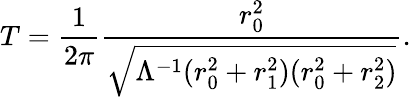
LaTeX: T=\frac{1}{2\pi}\frac{r_{0}^{2}}{\sqrt{\Lambda^{-1}(r_{0}^{2}+r_{1}^{2})(r_{0}^{2}+r_{2}^{2})}}.